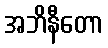
အဘိနီတော